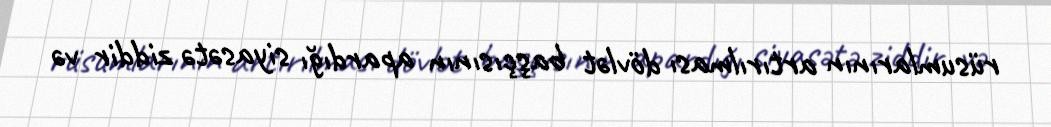
rüsumlarının artırılması dövlət başçısının apardığı siyasətə ziddir və